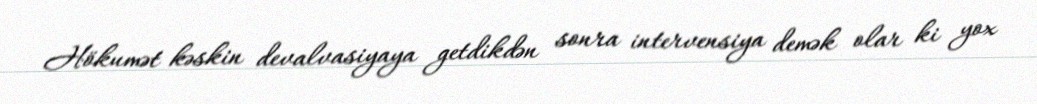
Hökumət kəskin devalvasiyaya getdikdən sonra intervensiya demək olar ki yox